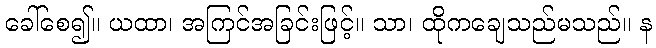
ခေါ်စေ၍။ ယထာ၊ အကြင်အခြင်းဖြင့်။ သာ၊ ထိုကချေသည်မသည်။ န